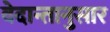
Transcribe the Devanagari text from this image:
वेदान्तानुसार